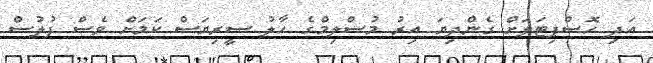
އަދި ހޮސްޕިޓަލަށް ގެންދިޔަ އިރު މުސްލިމްގެ ހާލު ސީރިޔަސް ކަމަށް ވެސް ފުލުސް